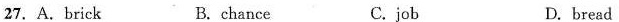
27.A. brick B. chance C. job D. bread